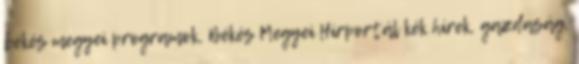
békés megyei programok, Békés Megyei Hírportál kék hírek, gazdaság,